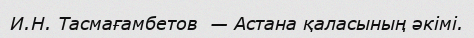
И.Н. Тасмағамбетов  — Астана қаласының әкімі.